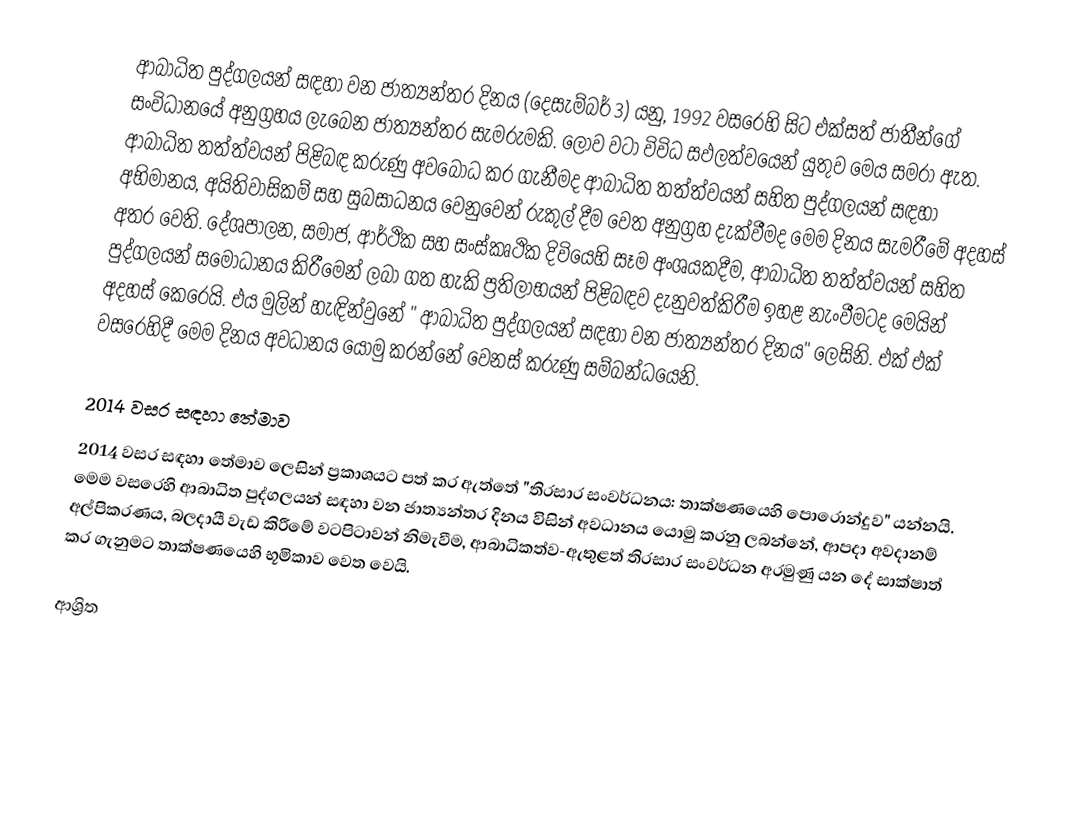
ආබාධිත පුද්ගලයන් සඳහා වන ජාත්‍යන්තර දිනය (දෙසැම්බර් 3) යනු,  1992 වසරෙහි සිට එක්සත් ජාතීන්ගේ සංවිධානයේ අනුග්‍රහය ලැබෙන  ජාත්‍යන්තර සැමරුමකි. ලොව වටා විවිධ සඵලත්වයෙන් යුතුව මෙය සමරා ඇත. ආබාධිත තත්ත්වයන් පිළිබඳ කරුණු අවබෝධ කර ගැනීමද ආබාධිත තත්ත්වයන් සහිත පුද්ගලයන්  සඳහා අභිමානය, අයිතිවාසිකම් සහ සුබසාධනය වෙනුවෙන් රුකුල් දීම වෙත අනුග්‍රහ දැක්වීමද මෙම දිනය සැමරීමේ අදහස් අතර වෙති. දේශපාලන, සමාජ, ආර්ථික සහ සංස්කෘථික දිවියෙහි සෑම අංශයකදීම, ආබාධිත තත්ත්වයන් සහිත පුද්ගලයන් සමෝධානය කිරීමෙන් ලබා ගත හැකි ප්‍රතිලාභයන් පිළිබඳව දැනුවත්කිරීම ඉහළ නැංවීමටද මෙයින් අදහස් කෙරෙයි. එය මුලින් හැඳින්වුනේ " ආබාධිත පුද්ගලයන් සඳහා වන ජාත්‍යන්තර දිනය" ලෙසිනි. එක් එක් වසරෙහිදී මෙම දිනය අවධානය යොමු කරන්නේ වෙනස් කරුණු සම්බන්ධයෙනි.

2014 වසර සඳහා තේමාව
2014 වසර සඳහා තේමාව ලෙසින් ප්‍රකාශයට පත් කර ඇත්තේ "තිරසාර සංවර්ධනය: තාක්ෂණයෙහි පොරොන්දුව" යන්නයි.  මෙම වසරෙහි ආබාධිත පුද්ගලයන් සඳහා වන ජාත්‍යන්තර දිනය විසින් අවධානය යොමු කරනු ලබන්නේ, ආපදා අවදානම් අල්පිකරණය, බලදායී වැඩ කිරීමේ වටපිටාවන් නිමැවීම,  ආබාධිකත්ව-ඇතුළත් තිරසාර සංවර්ධන අරමුණු යන දේ සාක්ෂාත් කර ගැනුමට තාක්ෂණයෙහි භූමිකාව වෙත වෙයි.

ආශ්‍රිත